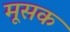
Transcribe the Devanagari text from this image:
मूसक